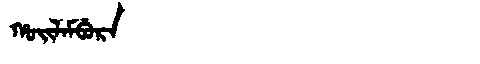
Manchu: ᡥᠣᡳᠯᠠᠮᠪᡠᡵᠠ
Romanization: HOILAMBURA